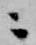
ニ